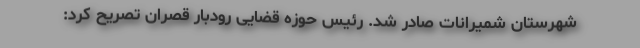
شهرستان شمیرانات صادر شد. رئیس حوزه قضایی رودبار قصران تصریح کرد: